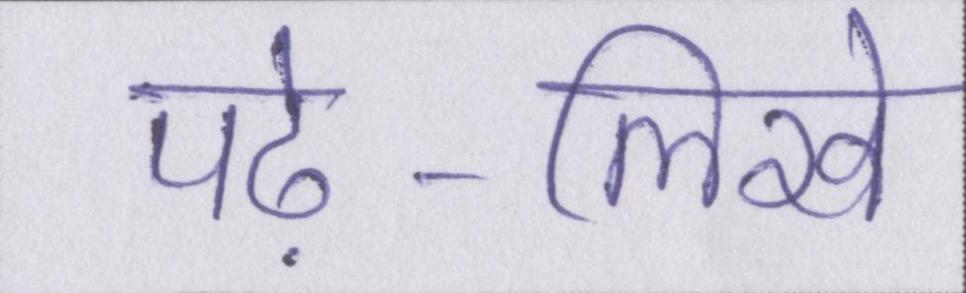
पढ़े-लिखे